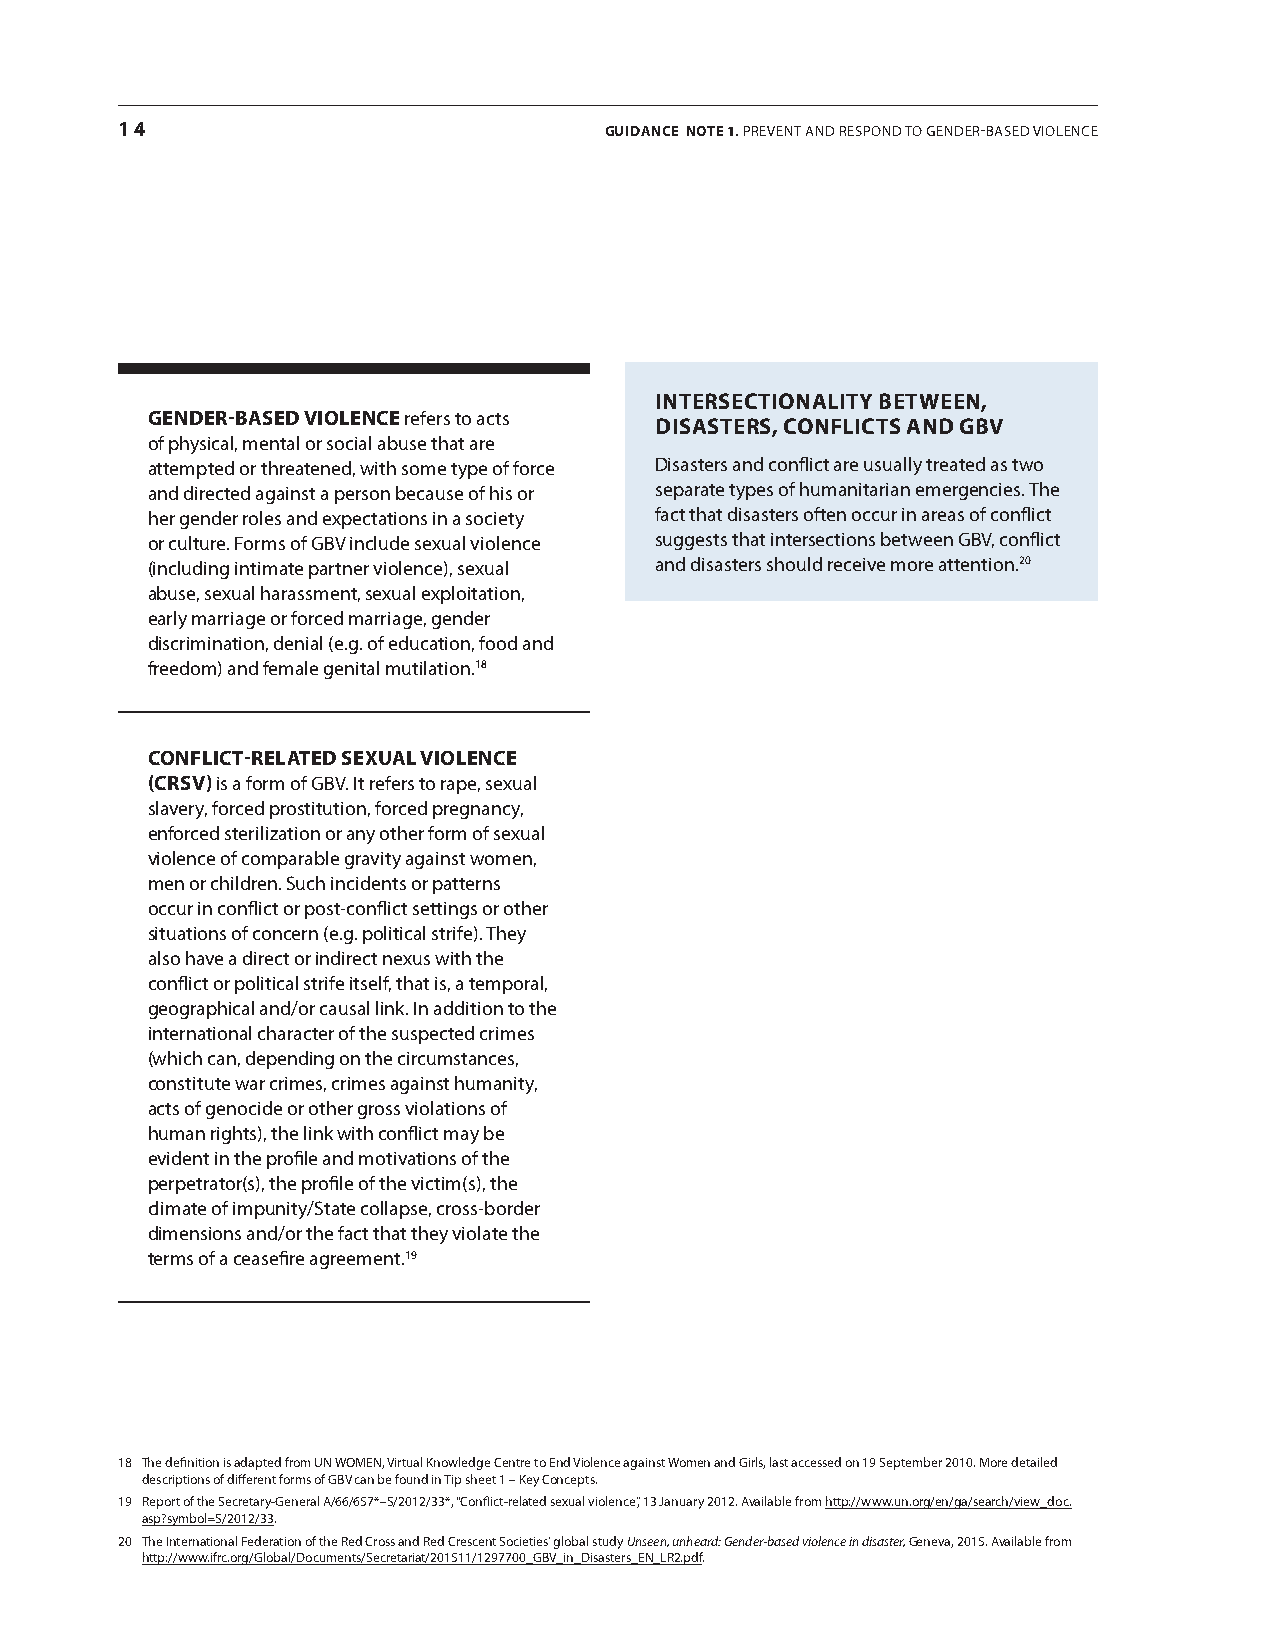
14                              GUIDANCE NotE 1. PreveNT aND reSPoND To GeNDer-BaSeD vIoLeNce
 iNTeRSeCTioNaliTY BeTWeeN,
 GeNdeR-BaSed VioleNCe refers to acts
 diSaSTeRS, CoNfliCTS aNd GBV
 of physical, mental or social abuse that are
 attempted or threatened, with some type of force Disasters and conflict are usually treated as two
 and directed against a person because of his or separate types of humanitarian emergencies. The
 her gender roles and expectations in a society fact that disasters often occur in areas of conflict
 or culture. Forms of GBv include sexual violence suggests that intersections between GBv, conflict
 (including intimate partner violence), sexual and disasters should receive more attention.20
 abuse, sexual harassment, sexual exploitation,
 early marriage or forced marriage, gender
 discrimination, denial (e.g. of education, food and
 freedom) and female genital mutilation.18
 CoNfliCT-RelaTed Sexual VioleNCe
 (CRSV) is a form of GBv. It refers to rape, sexual
 slavery, forced prostitution, forced pregnancy,
 enforced sterilization or any other form of sexual
 violence of comparable gravity against women,
 men or children. Such incidents or patterns
 occur in conflict or post-conflict settings or other
 situations of concern (e.g. political strife). They
 also have a direct or indirect nexus with the
 conflict or political strife itself, that is, a temporal,
 geographical and/or causal link. In addition to the
 international character of the suspected crimes
 (which can, depending on the circumstances,
 constitute war crimes, crimes against humanity,
 acts of genocide or other gross violations of
 human rights), the link with conflict may be
 evident in the profile and motivations of the
 perpetrator(s), the profile of the victim(s), the
 climate of impunity/State collapse, cross-border
 dimensions and/or the fact that they violate the
 terms of a ceasefire agreement.19
 18 The definition is adapted from UN WoMeN, virtual Knowledge centre to end violence against Women and Girls, last accessed on 19 September 2010. More detailed
 descriptions of different forms of GBv can be found in Tip sheet 1 – Key concepts.
 19 report of the Secretary-General a/66/657*–S/2012/33*, “conflict-related sexual violence,” 13 January 2012. available from http://www.un.org/en/ga/search/view_doc.
 asp?symbol=S/2012/33.
 20 The International Federation of the red cross and red crescent Societies’ global study Unseen, unheard: Gender-based violence in disaster, Geneva, 2015. available from
 http://www.ifrc.org/Global/Documents/Secretariat/201511/1297700_GBv_in_Disasters_eN_Lr2.pdf.